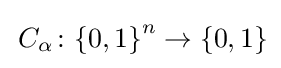
\,C_{\alpha }\colon \lbrace {0,1\rbrace }^{n}\rightarrow \lbrace {0,1}\rbrace